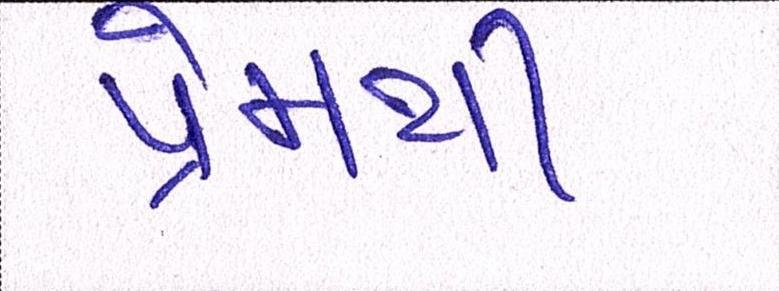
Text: પ્રેમથી